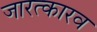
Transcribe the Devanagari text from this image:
जारत्कारव